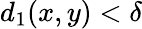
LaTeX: d_{1}(x,y)<\delta